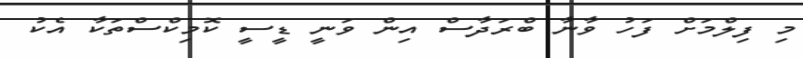
މި ފިލްމަށް ފަހު ވާނާ ބްރަދާސް އިން ވަނީ ޑީސީ ކޮމިކްސްތަކާ އެކު